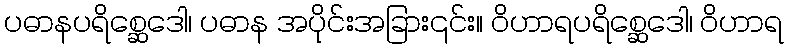
ပဓာနပရိစ္ဆေဒေါ၊ ပဓာန အပိုင်းအခြား၎င်း။ ဝိဟာရပရိစ္ဆေဒေါ၊ ဝိဟာရ